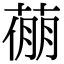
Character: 𦷛